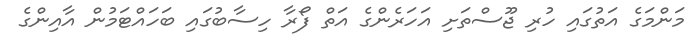
މަންމަގެ އަތުގައި ހުރި ޖޫސްތަށި އަހަރެންގެ އަތް ފޯރާ ހިސާބުގައި ބަހައްޓަމުން އާއިންގެ